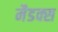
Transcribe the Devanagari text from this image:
मैडक्स